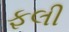
ફલી